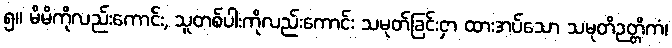
၅။ မိမိကိုလည်းကောင်း, သူတစ်ပါးကိုလည်းကောင်း သမုတ်ခြင်းငှာ ထားအပ်သော သမုတိဉတ္တိကံ၊